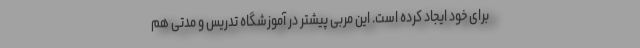
برای خود ایجاد کرده است. این مربی پیشتر در آموزشگاه تدریس و مدتی هم